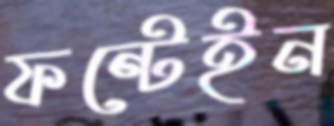
ফন্টেইন